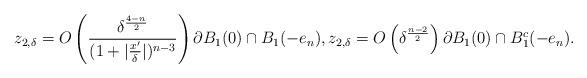
LaTeX: \begin{align*}z_{2,\delta}= O\left(\frac{\delta^\frac{4-n}{2}}{(1+|\frac{x'}{\delta}|)^{n-3}}\right) \partial B_1(0)\cap B_1(-e_n),z_{2,\delta}= O\left(\delta^\frac{n-2}{2}\right) \partial B_1(0) \cap B_1^c(-e_n).\end{align*}